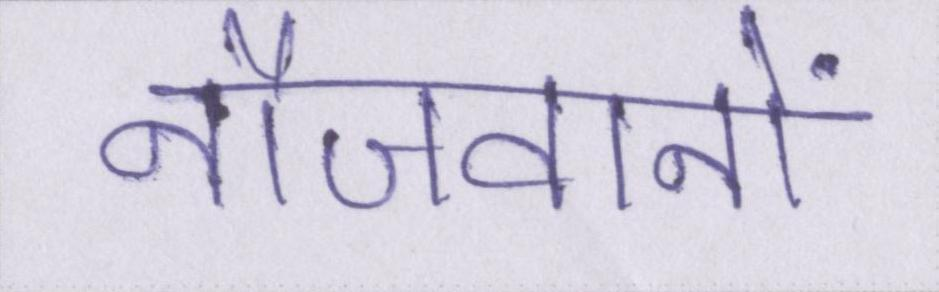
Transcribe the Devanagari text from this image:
नौजवानों